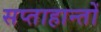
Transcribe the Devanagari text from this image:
सप्ताहान्तों